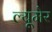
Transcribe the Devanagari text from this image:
ल्यूमेर